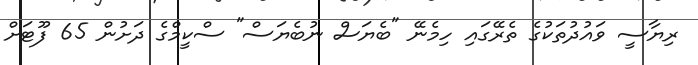
ރިޔާސީ ވައުދުތަކުގެ ތެރޭގައި ހިމެނޭ "ބެޔަސް ނުބެޔަސް" ސްކީމްގެ ދަށުން 65 ފޫޓަށް